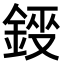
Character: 𮢂